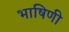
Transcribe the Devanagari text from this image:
भाषिणी